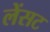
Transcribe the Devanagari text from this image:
लेंसट